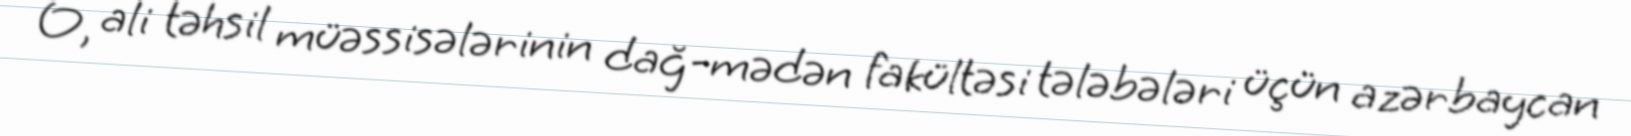
O, ali təhsil müəssisələrinin dağ-mədən fakültəsi tələbələri üçün azərbaycan